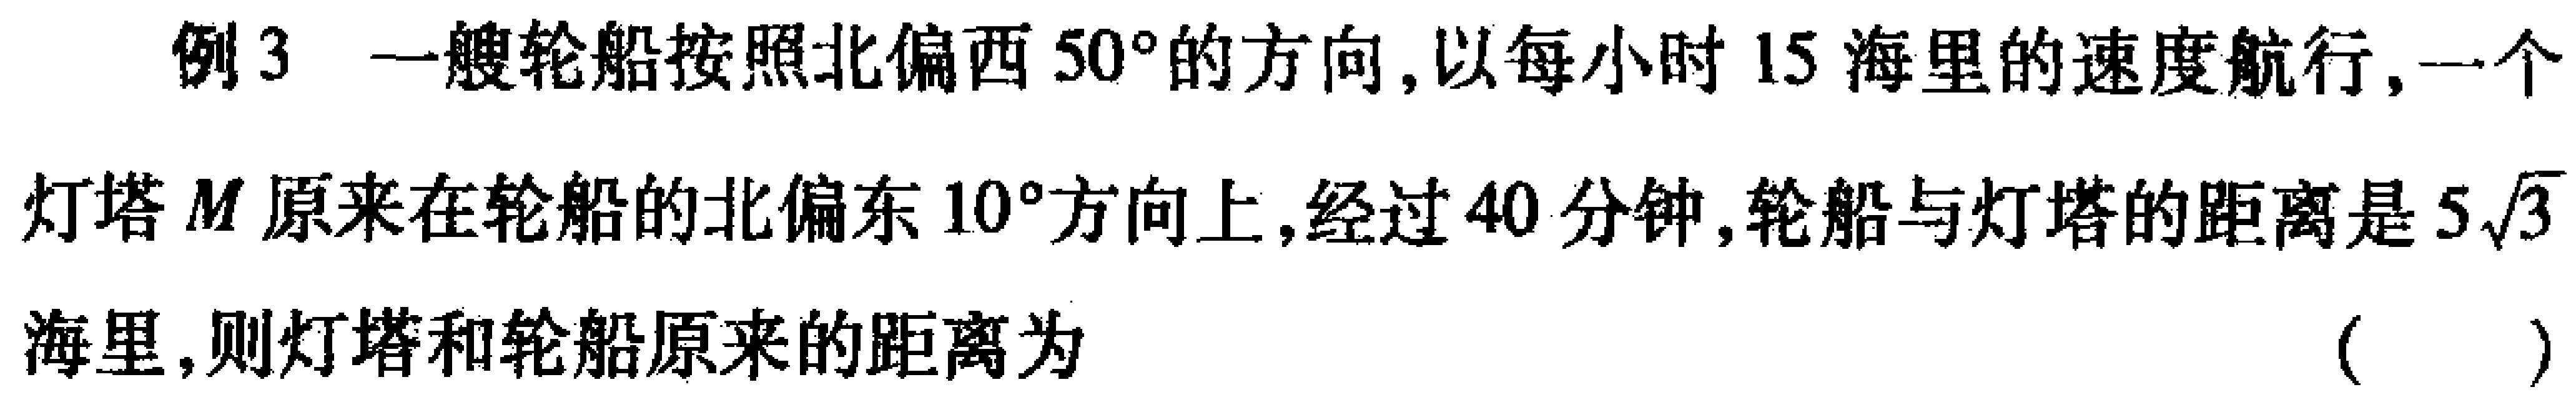
例3 一艘轮船按照北偏西$50^{\circ}$的方向,以每小时$15$海里的速度航行,一个
灯塔$M$原来在轮船的北偏东$10^{\circ}$方向上,经过$40$分钟,轮船与灯塔的距离是$5\sqrt{3}$
海里,则灯塔和轮船原来的距离为 （  ）